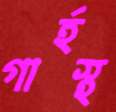
গার্হস্থ